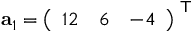
\mathbf { a } _ { 1 } = { \left( \begin{array} { l l l } { 1 2 } & { 6 } & { - 4 } \end{array} \right) } ^ { \textsf { T } }